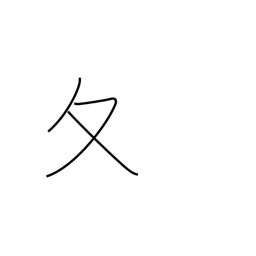
Meaning: winter radical (no. 34)